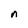
Character: n